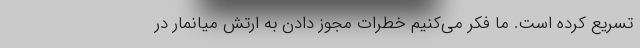
تسریع کرده است. ما فکر می‌کنیم خطرات مجوز دادن به ارتش میانمار در